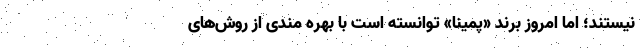
نیستند؛ اما امروز برند «پمینا» توانسته است با بهره مندی از روش‌های